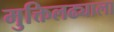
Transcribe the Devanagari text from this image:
मुक्तिलढ्याला